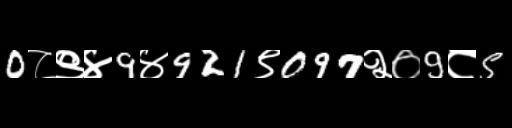
Text: 0८९४9४921९097२०9८5